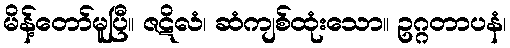
မိန့်တော်မူပြီ။ ဇဋိလံ၊ ဆံကျစ်ထုံးသော။ ဥဂ္ဂတာပနံ၊